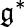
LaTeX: \mathfrak{g}^{*}